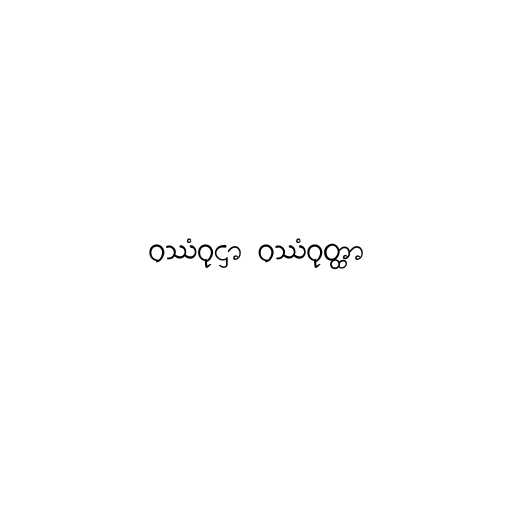
ဝဿံဝုဋ္ဌာ ဝဿံဝုတ္ထာ